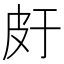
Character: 𤿍